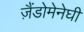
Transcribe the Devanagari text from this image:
ज़ैंडोमेनेघी